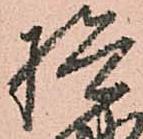
検